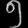
Digit: ၅